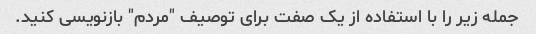
جمله زیر را با استفاده از یک صفت برای توصیف "مردم" بازنویسی کنید.